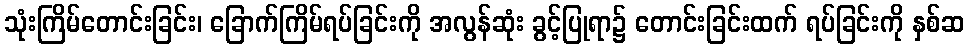
သုံးကြိမ်တောင်းခြင်း၊ ခြောက်ကြိမ်ရပ်ခြင်းကို အလွန်ဆုံး ခွင့်ပြုရာ၌ တောင်းခြင်းထက် ရပ်ခြင်းကို နှစ်ဆ